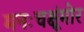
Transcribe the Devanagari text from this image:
मनःचक्षूंमोर